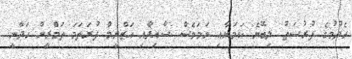
ހެދުމުގެ ފުރުސަތު ލިބޭނެ ކަމަށާއި ނަމަވެސް ސާއިދާއި އަޒްނީމް ފުރަތަމަ ތަމްރީން ހަދާނީ